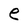
Character: e